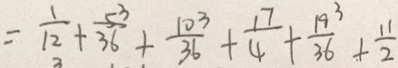
= \frac { 1 } { 1 2 } + \frac { 5 3 } { 3 6 } + \frac { 1 0 3 } { 3 6 } + \frac { 1 7 } { 4 } + \frac { 1 9 3 } { 3 6 } + \frac { 1 1 } { 2 }